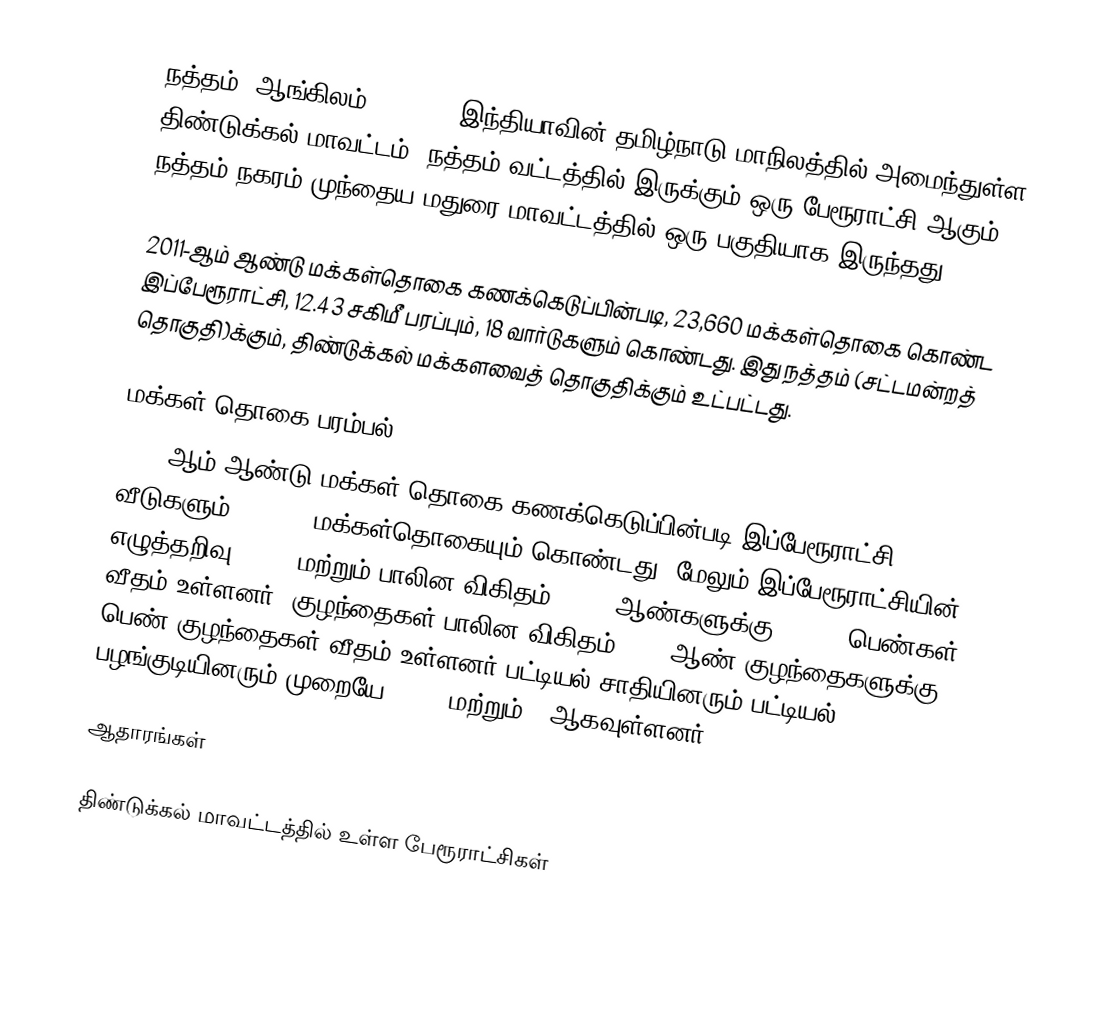
நத்தம் (ஆங்கிலம்:Natham), இந்தியாவின் தமிழ்நாடு மாநிலத்தில் அமைந்துள்ள திண்டுக்கல் மாவட்டம், நத்தம் வட்டத்தில் இருக்கும் ஒரு பேரூராட்சி ஆகும். நத்தம் நகரம் முந்தைய மதுரை மாவட்டத்தில் ஒரு பகுதியாக இருந்தது.

2011-ஆம் ஆண்டு மக்கள்தொகை கணக்கெடுப்பின்படி, 23,660 மக்கள்தொகை கொண்ட இப்பேரூராட்சி, 12.43 சகிமீ பரப்பும், 18 வார்டுகளும் கொண்டது. இது நத்தம் (சட்டமன்றத் தொகுதி)க்கும்,  திண்டுக்கல் மக்களவைத் தொகுதிக்கும் உட்பட்டது.

மக்கள் தொகை பரம்பல்
2011-ஆம் ஆண்டு மக்கள் தொகை கணக்கெடுப்பின்படி   இப்பேரூராட்சி      வீடுகளும், 23,660 மக்கள்தொகையும் கொண்டது. மேலும் இப்பேரூராட்சியின் எழுத்தறிவு 81.5% மற்றும்  பாலின விகிதம் 1,000 ஆண்களுக்கு, 1,010 பெண்கள் வீதம் உள்ளனர். குழந்தைகள் பாலின விகிதம் 1000 ஆண் குழந்தைகளுக்கு, 995 பெண் குழந்தைகள் வீதம் உள்ளனர்.பட்டியல் சாதியினரும் பட்டியல் பழங்குடியினரும்  முறையே  5,329 மற்றும் 2 ஆகவுள்ளனர்.

ஆதாரங்கள்

திண்டுக்கல் மாவட்டத்தில் உள்ள பேரூராட்சிகள்